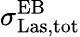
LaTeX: \sigma_{\mathrm{Las,tot}}^{\mathrm{EB}}